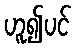
ဟူ၍ပင်